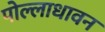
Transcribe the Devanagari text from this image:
पोल्लाधावन